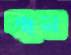
বাম